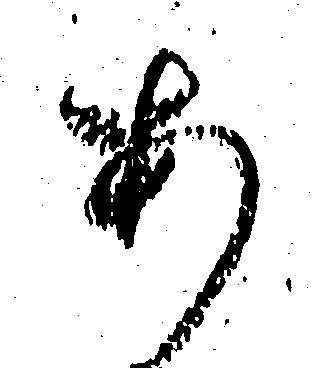
あ